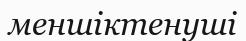
меншіктенуші